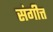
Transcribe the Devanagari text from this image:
संगीत्त